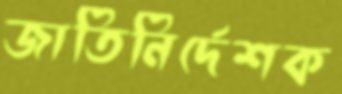
জাতিনির্দেশক